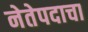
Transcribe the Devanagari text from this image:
नेतेपदाचा